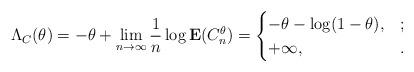
LaTeX: \begin{align*}\Lambda_C(\theta) = - \theta + \lim_{n \to \infty}\frac{1}{n}\log \mathbf{E}(C_n^\theta) =\begin{cases}-\theta - \log(1-\theta), &; \\+\infty, & .\end{cases}\end{align*}